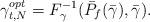
LaTeX: \begin{align*} \gamma^{opt}_{t,N} &= F^{-1}_{\gamma}(\bar{P}_f(\bar{\gamma}), \bar{\gamma}).\\\end{align*}